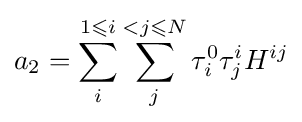
a_{2}=\sum _{i}^{1\leqslant i}\sum _{j}^{<j\leqslant N}\tau _{i}^{0}\tau _{j}^{i}H^{ij}